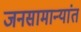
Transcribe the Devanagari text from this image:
जनसामान्यांत